65_HS1-834228961_62-HQ-83894_Section_5
Agency: FBI
Page 73
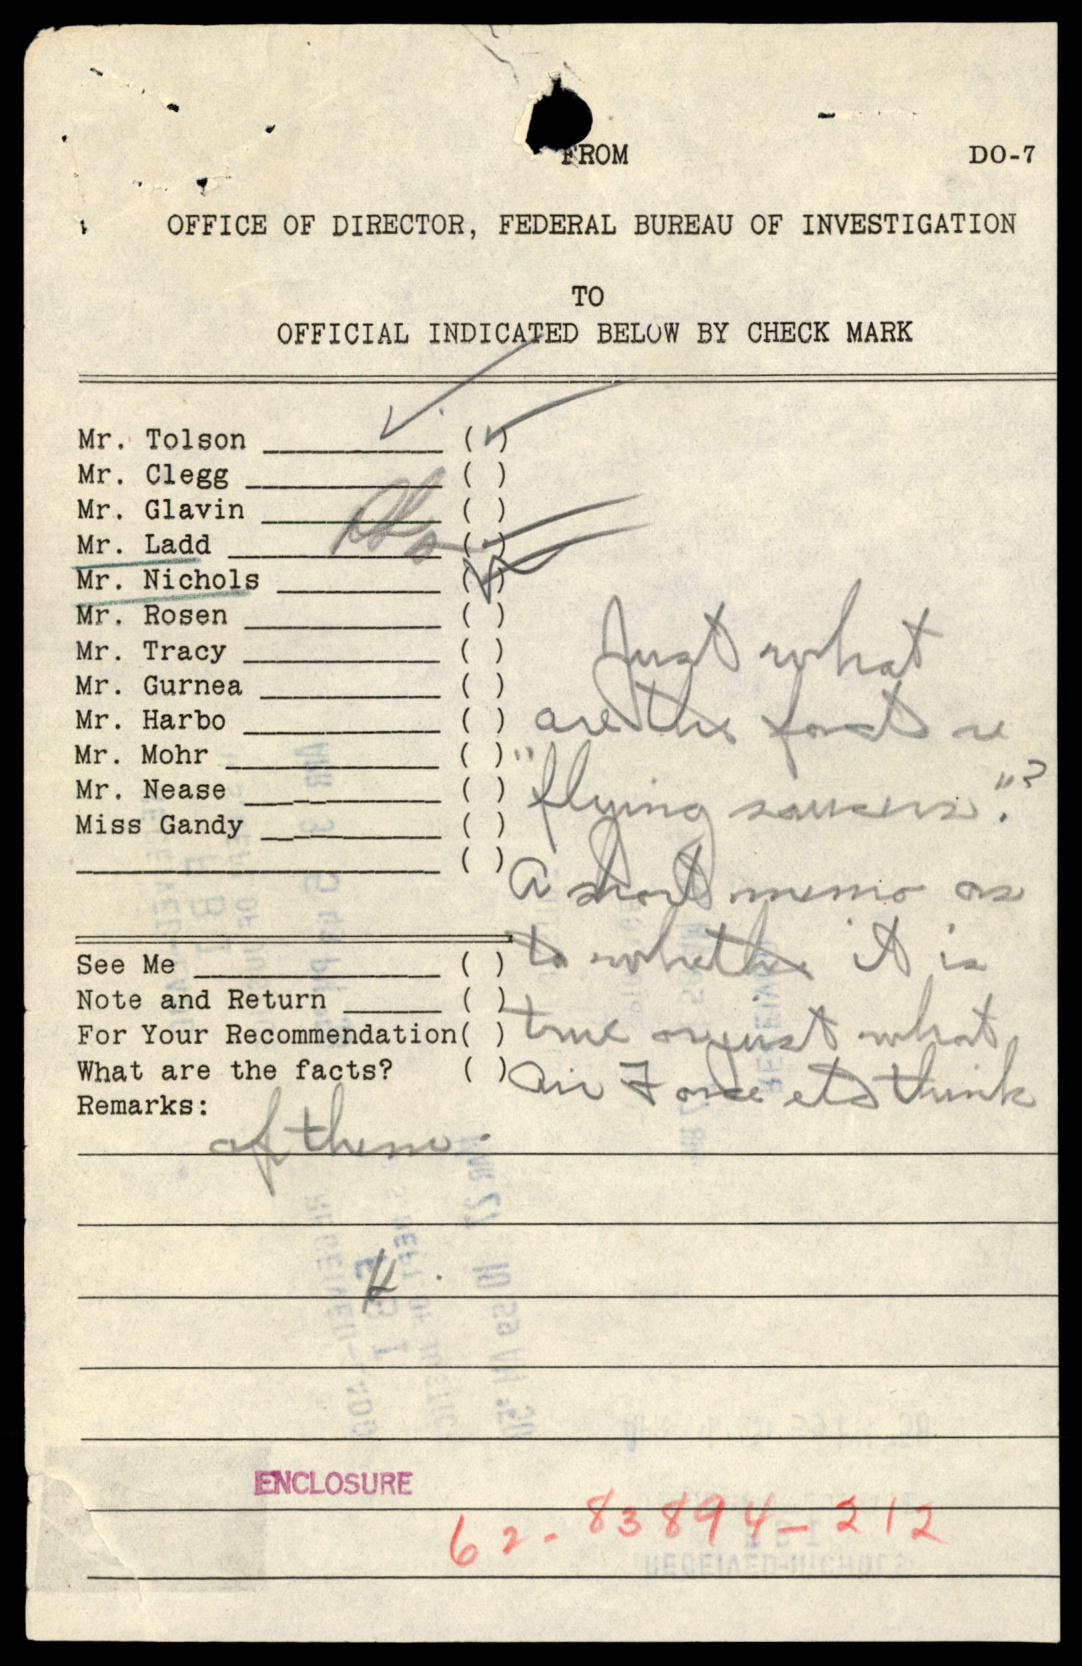